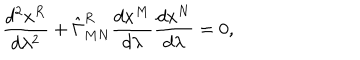
{ \frac { d ^ { 2 } x ^ { R } } { d \lambda ^ { 2 } } } + \hat { \Gamma } _ { M N } ^ { R } { \frac { d x ^ { M } } { d \lambda } } { \frac { d x ^ { N } } { d \lambda } } = 0 ,